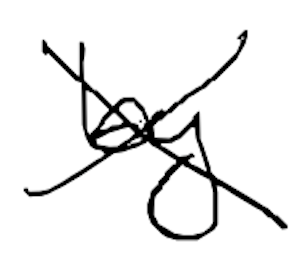
Text: by
Cross-out: cross
Writing tool: digital_black